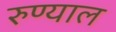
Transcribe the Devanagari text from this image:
रुण्याल